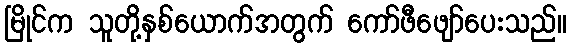
မြိုင်က သူတို့နှစ်ယောက်အတွက် ကော်ဖီဖျော်ပေးသည်။